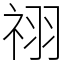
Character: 祤